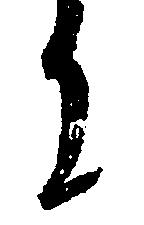
に